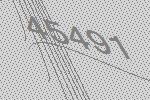
45491